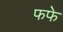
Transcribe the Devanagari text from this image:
फफे